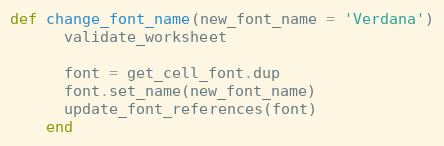
Language: Ruby
def change_font_name(new_font_name = 'Verdana')
      validate_worksheet

      font = get_cell_font.dup
      font.set_name(new_font_name)
      update_font_references(font)
    end